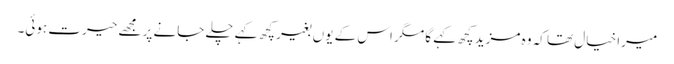
میرا خیال تھا کہ وہ مزید کچھ کہے گا مگر اس کے یوں بغیر کچھ کہے چلے جانے پر مجھے حیرت ہوئی۔